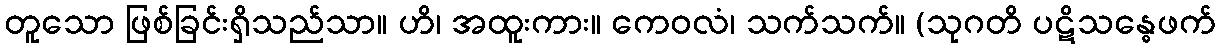
တူသော ဖြစ်ခြင်းရှိသည်သာ။ ဟိ၊ အထူးကား။ ကေဝလံ၊ သက်သက်။ (သုဂတိ ပဋိသန္ဓေဖက်